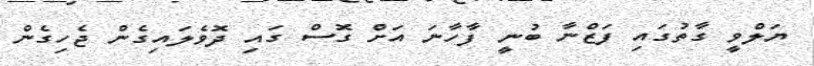
ޔަލްވީ ގާތުގައި ފަޒްނާ ބުނީ ފާހާނަ އަށް ގޮސް ގައި ދޮވެލައިގެން ޖެހިގެން